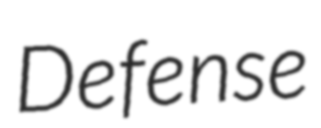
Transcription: Defense